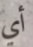
أي